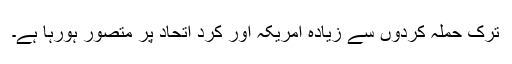
ترک حملہ کردوں سے زیادہ امریکہ اور کرد اتحاد پر متصور ہورہا ہے۔